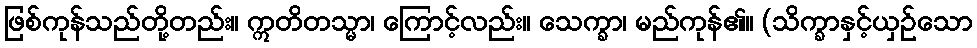
ဖြစ်ကုန်သည်တို့တည်း။ ဣတိတသ္မာ၊ ကြောင့်လည်း။ သေက္ခာ၊ မည်ကုန်၏။ (သိက္ခာနှင့်ယှဉ်သော